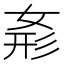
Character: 𭑾